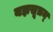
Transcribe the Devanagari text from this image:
यज्ञसूत्रम्